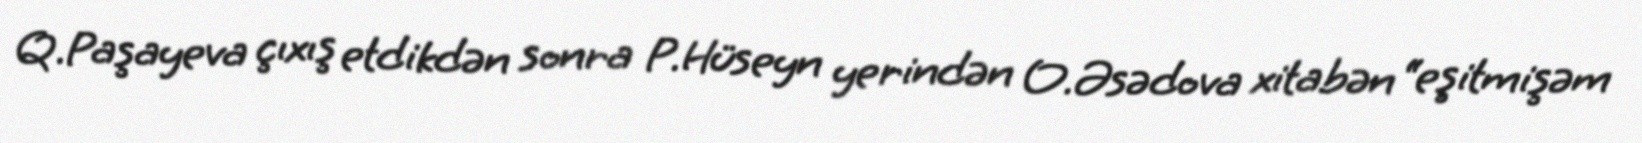
Q.Paşayeva çıxış etdikdən sonra P.Hüseyn yerindən O.Əsədova xitabən “eşitmişəm